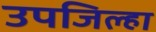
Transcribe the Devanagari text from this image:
उपजिल्हा